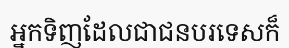
អ្នកទិញដែលជាជនបរទេសក៏